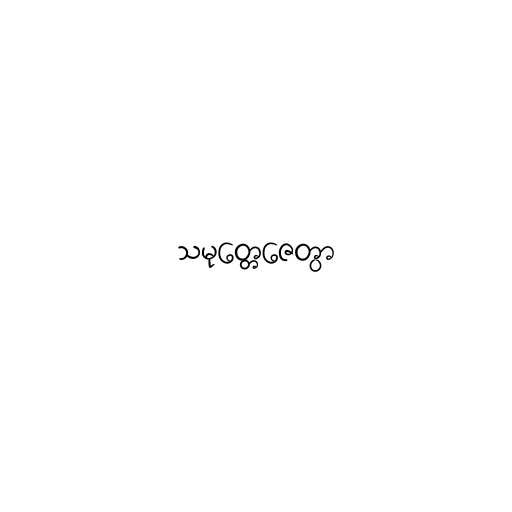
သမုတ္တေဇေတွာ